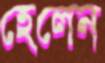
হেলেন